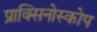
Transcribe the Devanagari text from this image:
प्राक्सिनोस्कोप